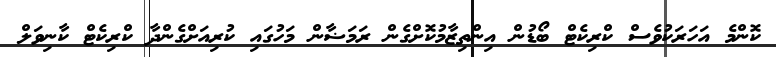
ކޮންމެ އަހަރަކުވެސް ކްރިކެޓް ބޯޑުން އިންތިޒާމުކޮށްގެން ރަމަޟާން މަހުގައި ކުރިއަށްގެންދާ ކްރިކެޓް ކާނިވަލް